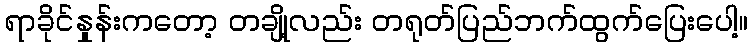
ရာခိုင်နှုန်းကတော့ တချို့လည်း တရုတ်ပြည်ဘက်ထွက်ပြေးပေါ့။